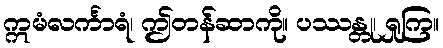
ဣမံလင်္ကာရံ၊ ဤတန်ဆာကို။ ပဿန္တု၊ ရှုကြ။